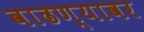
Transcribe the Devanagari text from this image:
वाढण्यावर